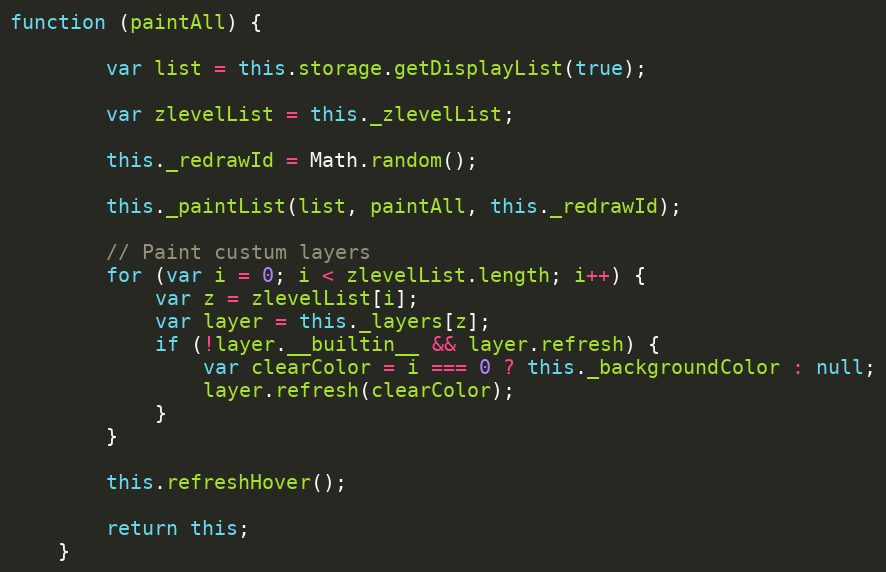
Language: JavaScript
function (paintAll) {

        var list = this.storage.getDisplayList(true);

        var zlevelList = this._zlevelList;

        this._redrawId = Math.random();

        this._paintList(list, paintAll, this._redrawId);

        // Paint custum layers
        for (var i = 0; i < zlevelList.length; i++) {
            var z = zlevelList[i];
            var layer = this._layers[z];
            if (!layer.__builtin__ && layer.refresh) {
                var clearColor = i === 0 ? this._backgroundColor : null;
                layer.refresh(clearColor);
            }
        }

        this.refreshHover();

        return this;
    }